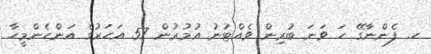
ހ. ފެންނާގޭ ހަ ވަނަ ބުރިން ވެއްޓުނު އުމުރުން 57 އަހަރުގެ އަންހެންމީހާ